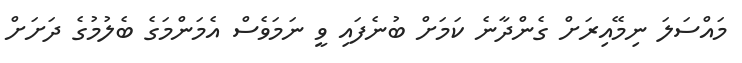
މައްސަލަ ނިމޭއިރަށް ގެންދާނެ ކަމަށް ބުނެފައި ވީ ނަމަވެސް އެމަންމަގެ ބެލުމުގެ ދަށަށް